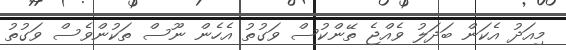
މިއަދު އެކަން ބަދަލު ވެއްޖެ ތޭންކުސް ވަގުތު އެހެން ނޫސް ތަކުންވެސް ވަގުތު